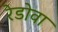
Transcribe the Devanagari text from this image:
रेडोवा